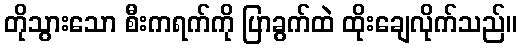
တိုသွားသော စီးကရက်ကို ပြာခွက်ထဲ ထိုးချေလိုက်သည်။